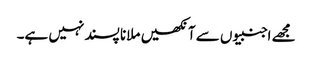
مجھے اجنبیوں سے آنکھیں ملانا پسند نہیں ہے۔